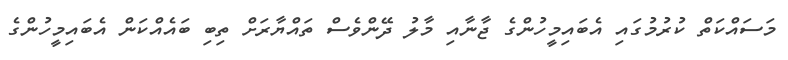
މަސައްކަތް ކުރުމުގައި އެބައިމީހުންގެ ޖާނާއި މާލު ދޭންވެސް ތައްޔާރަށް ތިބި ބައެއްކަން އެބައިމީހުންގެ